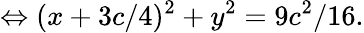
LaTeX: \Leftrightarrow(x+3c/4)^{2}+y^{2}=9c^{2}/16.